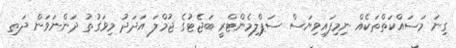
ގިނަ މަސައްކަތްތަކެއް ނިމިފައިވިޔަސް ސަޕްލިމެންޓްރީ ބަޖެޓުގެ ޖުމްލަ އަދަދު މިވަގުތު ދަންނަވަން ދަތި